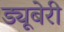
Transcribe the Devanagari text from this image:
ड्यूबेरी